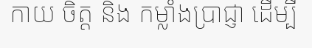
កាយ ចិត្ត និង កម្លាំងប្រាជ្ញា ដើម្បី